Civil Veterinary Dept. Assam report 1927-50 - 1927-1950
Year: 1927
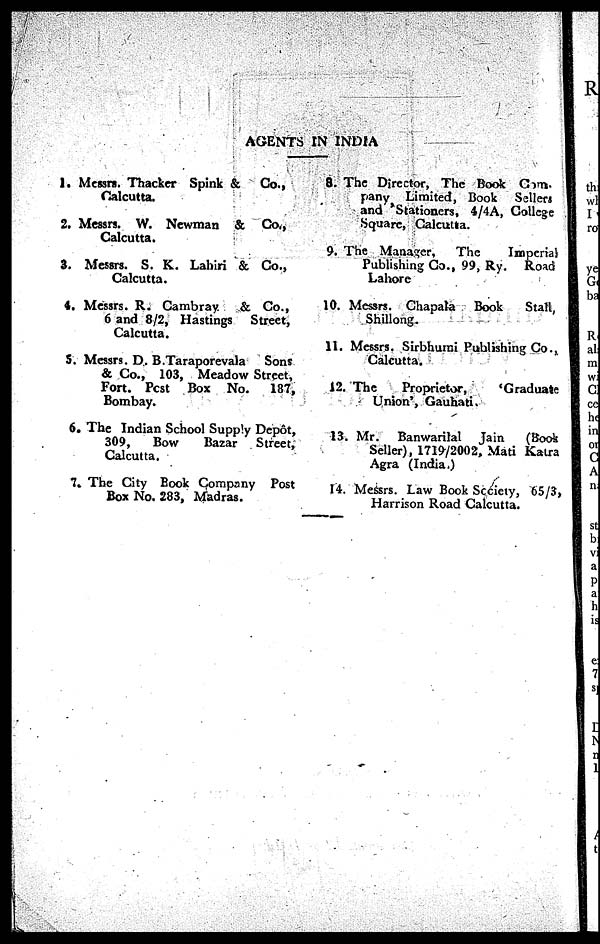
AGENTS IN INDIA
1. Messrs. Thacker Spink & Co.,
Calcutta.
2. Messrs. W. Newman & Co.,
Calcutta.
3. Messrs. S. K. Lahiri & Co.,
Calcutta.
4. Messrs. R. Cambray
& Co.,
6 and 8/2, Hastings Street,
Calcutta.
5. Messrs. D. B.Taraporevala Sons
& Co., 103, Meadow Street,
Fort. Post Box No. 187,
Bombay.
6. The Indian School Supply Depôt,
309,
Bow
Bazar Street,
Calcutta.
7. The City Book Company Post
Box No. 283, Madras.
8. The Director, The Book Com-
pany Limited, Book Sellers
and 'Stationers, 4/4A, College
Square, Calcutta.
9. The Manager, The
Imperial
Publishing Co., 99, Ry. Road
Lahore
10. Messrs. Chapala
Book
Stall,
Shillong.
11. Messrs. Sirbhumi Publishing Co.,
Calcutta.
12. The
Proprietor,
'Graduate
Union', Gauhati.
13. Mr. Banwarilal Jain
(Book
Seller), 1719/2002, Mati Katra
Agra (India.)
14. Messrs. Law Book Society, 65/3,
Harrison Road Calcutta.